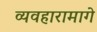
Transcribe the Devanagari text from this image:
व्यवहारामागे